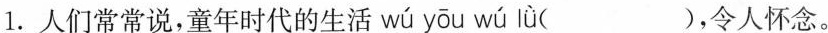
1.人们常常说，童年时代的生活 wú yōu wú lǜ（ ），令人怀念。